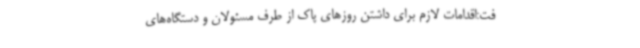
فت:اقدامات لازم برای داشتن روزهای پاک از طرف مسئولان و دستگاه‌های